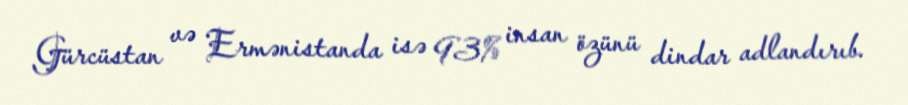
Gürcüstan və Ermənistanda isə 93% insan özünü dindar adlandırıb.